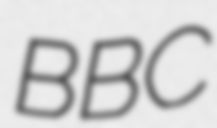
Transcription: BBC